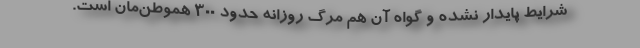
شرایط پایدار نشده و گواه آن هم مرگ روزانه حدود ۳۰۰ هموطن‌مان است.